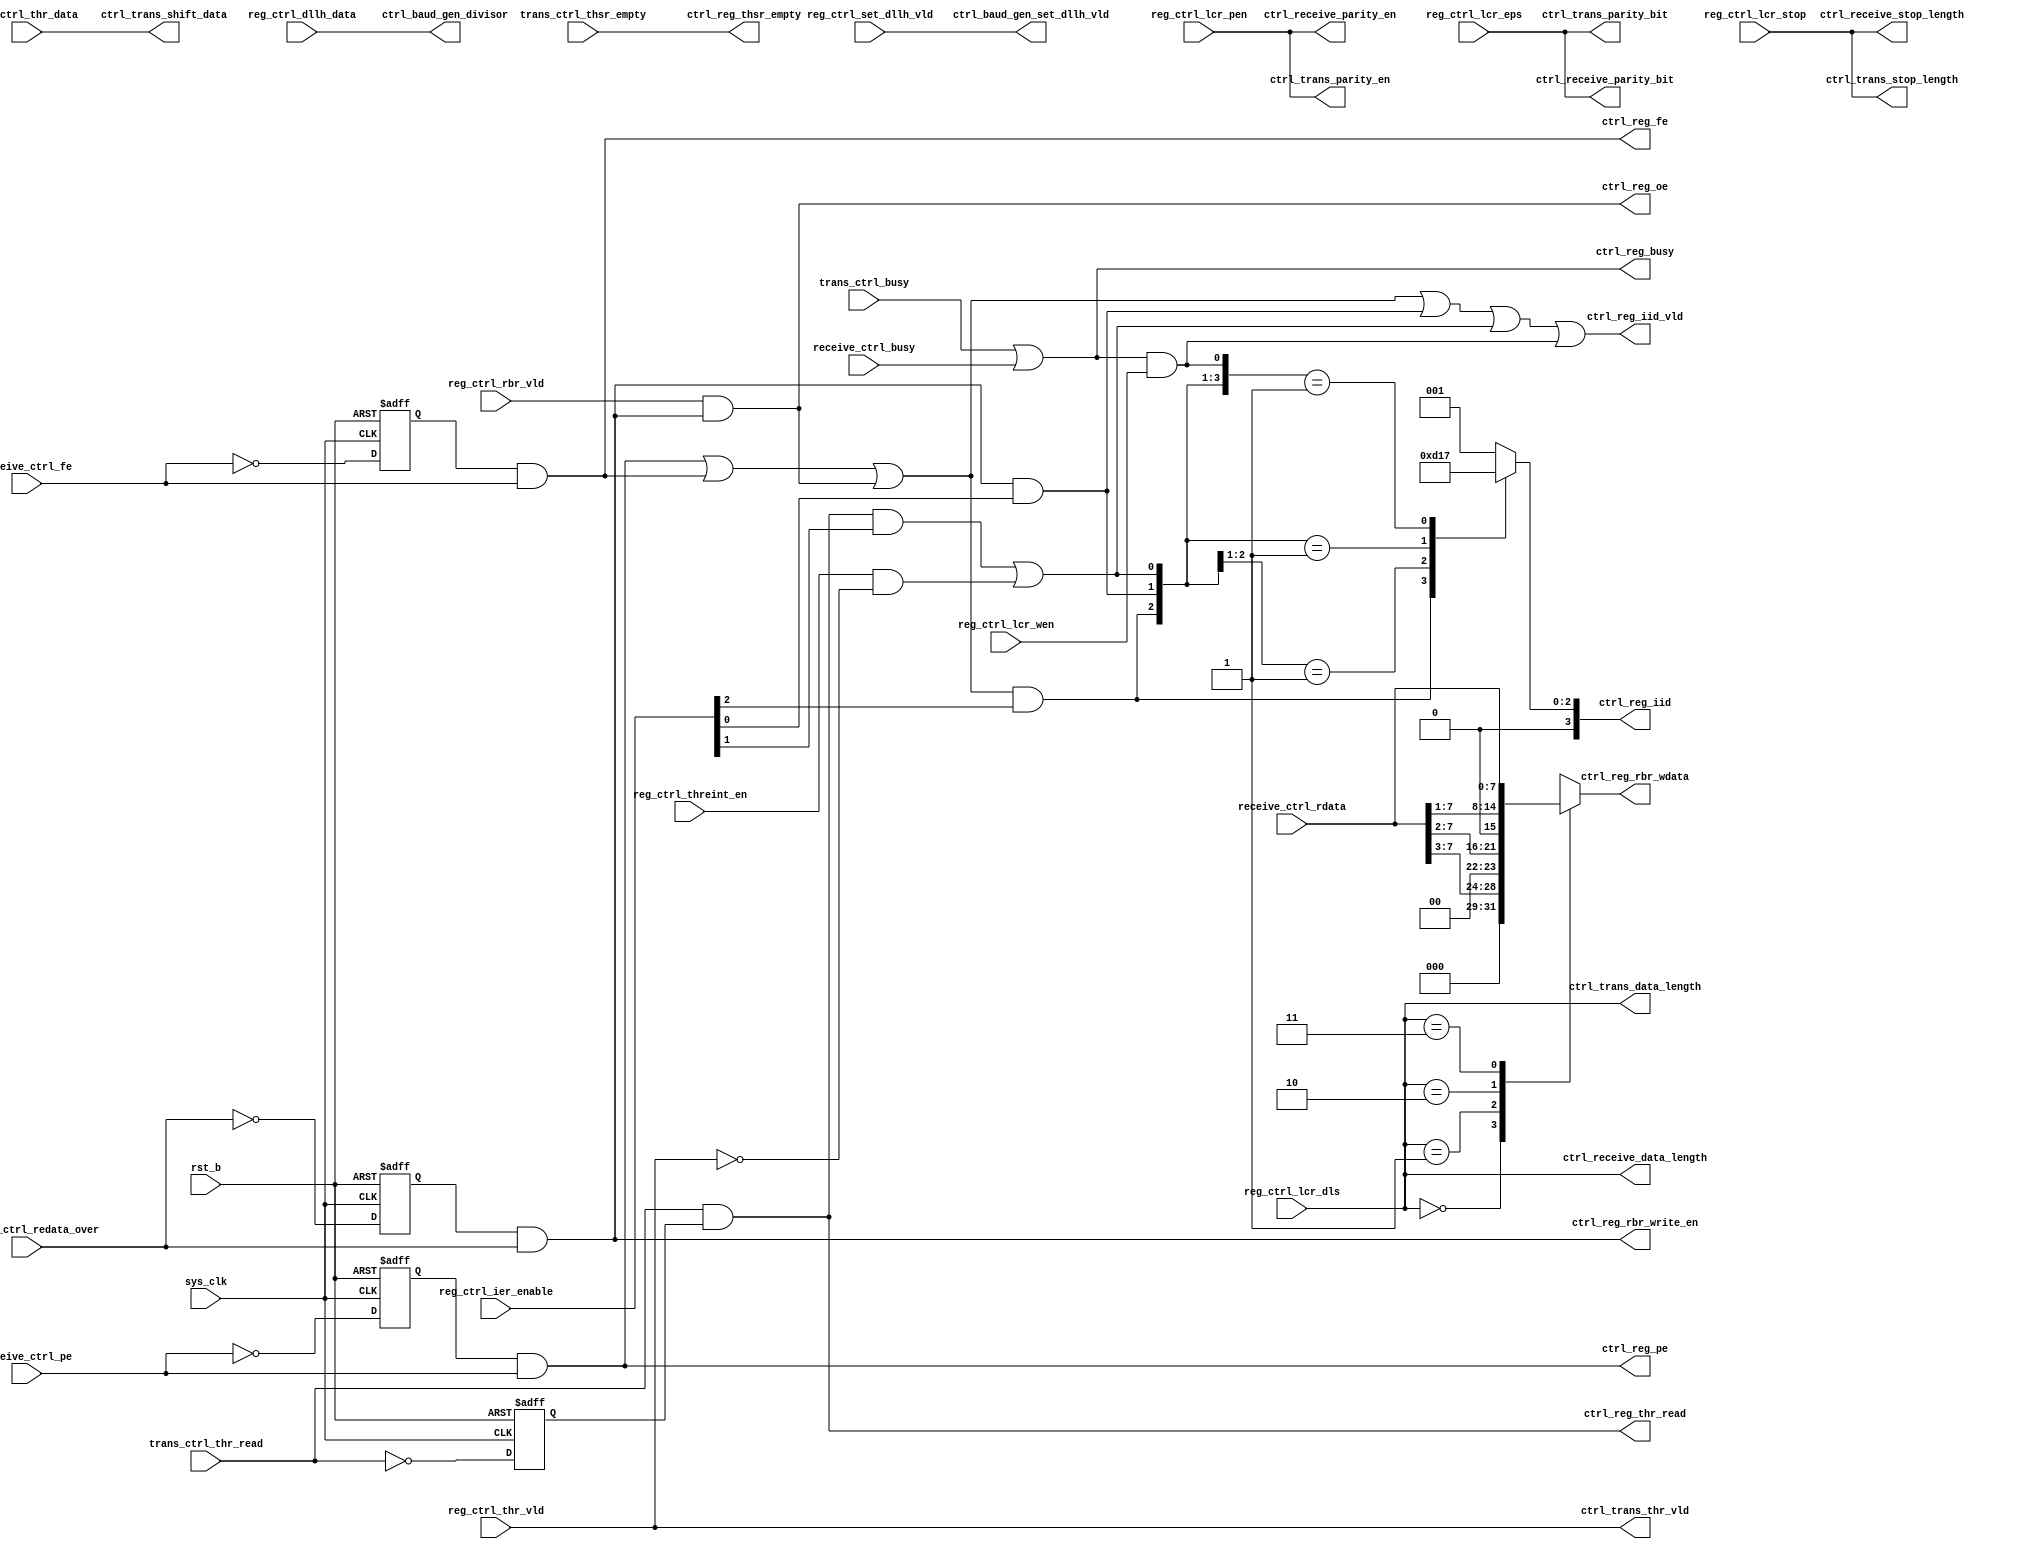
// This program was cloned from: https://github.com/T-head-Semi/openc910
// License: Apache License 2.0

/*Copyright 2019-2021 T-Head Semiconductor Co., Ltd.

Licensed under the Apache License, Version 2.0 (the "License");
you may not use this file except in compliance with the License.
You may obtain a copy of the License at

    http://www.apache.org/licenses/LICENSE-2.0

Unless required by applicable law or agreed to in writing, software
distributed under the License is distributed on an "AS IS" BASIS,
WITHOUT WARRANTIES OR CONDITIONS OF ANY KIND, either express or implied.
See the License for the specific language governing permissions and
limitations under the License.
*/






















module uart_ctrl(
  ctrl_baud_gen_divisor,
  ctrl_baud_gen_set_dllh_vld,
  ctrl_receive_data_length,
  ctrl_receive_parity_bit,
  ctrl_receive_parity_en,
  ctrl_receive_stop_length,
  ctrl_reg_busy,
  ctrl_reg_fe,
  ctrl_reg_iid,
  ctrl_reg_iid_vld,
  ctrl_reg_oe,
  ctrl_reg_pe,
  ctrl_reg_rbr_wdata,
  ctrl_reg_rbr_write_en,
  ctrl_reg_thr_read,
  ctrl_reg_thsr_empty,
  ctrl_trans_data_length,
  ctrl_trans_parity_bit,
  ctrl_trans_parity_en,
  ctrl_trans_shift_data,
  ctrl_trans_stop_length,
  ctrl_trans_thr_vld,
  receive_ctrl_busy,
  receive_ctrl_fe,
  receive_ctrl_pe,
  receive_ctrl_rdata,
  receive_ctrl_redata_over,
  reg_ctrl_dllh_data,
  reg_ctrl_ier_enable,
  reg_ctrl_lcr_dls,
  reg_ctrl_lcr_eps,
  reg_ctrl_lcr_pen,
  reg_ctrl_lcr_stop,
  reg_ctrl_lcr_wen,
  reg_ctrl_rbr_vld,
  reg_ctrl_set_dllh_vld,
  reg_ctrl_thr_data,
  reg_ctrl_thr_vld,
  reg_ctrl_threint_en,
  rst_b,
  sys_clk,
  trans_ctrl_busy,
  trans_ctrl_thr_read,
  trans_ctrl_thsr_empty
);


input           receive_ctrl_busy;         
input           receive_ctrl_fe;           
input           receive_ctrl_pe;           
input   [7 :0]  receive_ctrl_rdata;        
input           receive_ctrl_redata_over;  
input   [15:0]  reg_ctrl_dllh_data;        
input   [2 :0]  reg_ctrl_ier_enable;       
input   [1 :0]  reg_ctrl_lcr_dls;          
input           reg_ctrl_lcr_eps;          
input           reg_ctrl_lcr_pen;          
input           reg_ctrl_lcr_stop;         
input           reg_ctrl_lcr_wen;          
input           reg_ctrl_rbr_vld;          
input           reg_ctrl_set_dllh_vld;     
input   [7 :0]  reg_ctrl_thr_data;         
input           reg_ctrl_thr_vld;          
input           reg_ctrl_threint_en;       
input           rst_b;                     
input           sys_clk;                   
input           trans_ctrl_busy;           
input           trans_ctrl_thr_read;       
input           trans_ctrl_thsr_empty;     
output  [15:0]  ctrl_baud_gen_divisor;     
output          ctrl_baud_gen_set_dllh_vld; 
output  [1 :0]  ctrl_receive_data_length;  
output          ctrl_receive_parity_bit;   
output          ctrl_receive_parity_en;    
output          ctrl_receive_stop_length;  
output          ctrl_reg_busy;             
output          ctrl_reg_fe;               
output  [3 :0]  ctrl_reg_iid;              
output          ctrl_reg_iid_vld;          
output          ctrl_reg_oe;               
output          ctrl_reg_pe;               
output  [7 :0]  ctrl_reg_rbr_wdata;        
output          ctrl_reg_rbr_write_en;     
output          ctrl_reg_thr_read;         
output          ctrl_reg_thsr_empty;       
output  [1 :0]  ctrl_trans_data_length;    
output          ctrl_trans_parity_bit;     
output          ctrl_trans_parity_en;      
output  [7 :0]  ctrl_trans_shift_data;     
output          ctrl_trans_stop_length;    
output          ctrl_trans_thr_vld;        


reg             ctrl_rbr_write_en_sample;  
reg     [3 :0]  ctrl_reg_iid;              
reg     [7 :0]  ctrl_reg_rbr_wdata;        
reg             receive_ctrl_fe_sample;    
reg             receive_ctrl_pe_sample;    
reg             thr_read_sample;           


wire    [15:0]  ctrl_baud_gen_divisor;     
wire            ctrl_baud_gen_set_dllh_vld; 
wire    [1 :0]  ctrl_receive_data_length;  
wire            ctrl_receive_parity_bit;   
wire            ctrl_receive_parity_en;    
wire            ctrl_receive_stop_length;  
wire            ctrl_reg_busy;             
wire            ctrl_reg_fe;               
wire            ctrl_reg_iid_vld;          
wire            ctrl_reg_oe;               
wire            ctrl_reg_pe;               
wire            ctrl_reg_rbr_write_en;     
wire            ctrl_reg_thr_read;         
wire            ctrl_reg_thsr_empty;       
wire    [1 :0]  ctrl_trans_data_length;    
wire            ctrl_trans_parity_bit;     
wire            ctrl_trans_parity_en;      
wire    [7 :0]  ctrl_trans_shift_data;     
wire            ctrl_trans_stop_length;    
wire            ctrl_trans_thr_vld;        
wire            high_pri;                  
wire            int_vld;                   
wire            line_status_int;           
wire            receive_ctrl_busy;         
wire            receive_ctrl_fe;           
wire            receive_ctrl_pe;           
wire    [7 :0]  receive_ctrl_rdata;        
wire            receive_ctrl_redata_over;  
wire            receive_data_int;          
wire    [15:0]  reg_ctrl_dllh_data;        
wire    [2 :0]  reg_ctrl_ier_enable;       
wire    [1 :0]  reg_ctrl_lcr_dls;          
wire            reg_ctrl_lcr_eps;          
wire            reg_ctrl_lcr_pen;          
wire            reg_ctrl_lcr_stop;         
wire            reg_ctrl_lcr_wen;          
wire            reg_ctrl_rbr_vld;          
wire            reg_ctrl_set_dllh_vld;     
wire    [7 :0]  reg_ctrl_thr_data;         
wire            reg_ctrl_thr_vld;          
wire            reg_ctrl_threint_en;       
wire            rst_b;                     
wire            sys_clk;                   
wire            thre_int_init;             
wire            trans_ctrl_busy;           
wire            trans_ctrl_thr_read;       
wire            trans_ctrl_thsr_empty;     
wire            trans_hold_empty_int;      
wire            uart_busy_int;             





assign ctrl_trans_thr_vld          = reg_ctrl_thr_vld;
assign ctrl_trans_shift_data[7:0]  = reg_ctrl_thr_data[7:0];
assign ctrl_trans_data_length[1:0] = reg_ctrl_lcr_dls[1:0];
assign ctrl_trans_stop_length = reg_ctrl_lcr_stop;
assign ctrl_trans_parity_en   = reg_ctrl_lcr_pen;
assign ctrl_trans_parity_bit  = reg_ctrl_lcr_eps;



assign ctrl_receive_data_length[1:0]  = reg_ctrl_lcr_dls[1:0];
assign ctrl_receive_stop_length       = reg_ctrl_lcr_stop;
assign ctrl_receive_parity_en         = reg_ctrl_lcr_pen;
assign ctrl_receive_parity_bit        = reg_ctrl_lcr_eps;






always @(posedge sys_clk or negedge rst_b )
begin
  if(!rst_b)
    thr_read_sample <= 1'b0;
  else
    thr_read_sample <= !trans_ctrl_thr_read;
end

assign ctrl_reg_thr_read   = trans_ctrl_thr_read && thr_read_sample;
assign ctrl_reg_thsr_empty = trans_ctrl_thsr_empty;


always @(posedge sys_clk or negedge rst_b )
begin
  if(!rst_b)
    ctrl_rbr_write_en_sample <= 1'b0;
  else 
    ctrl_rbr_write_en_sample <= !receive_ctrl_redata_over;
end

assign ctrl_reg_rbr_write_en = ctrl_rbr_write_en_sample && receive_ctrl_redata_over;



always @( reg_ctrl_lcr_dls[1:0]
       or receive_ctrl_rdata[7:0])
begin
case(reg_ctrl_lcr_dls[1:0])
  2'b00:  ctrl_reg_rbr_wdata[7:0] = {3'b0,receive_ctrl_rdata[7:3]};
  2'b01:  ctrl_reg_rbr_wdata[7:0] = {2'b0,receive_ctrl_rdata[7:2]};
  2'b10:  ctrl_reg_rbr_wdata[7:0] = {1'b0,receive_ctrl_rdata[7:1]};
  2'b11:  ctrl_reg_rbr_wdata[7:0] = receive_ctrl_rdata[7:0];
  default:ctrl_reg_rbr_wdata[7:0] = 8'b0;
endcase

end


assign ctrl_reg_busy = trans_ctrl_busy || receive_ctrl_busy;
assign uart_busy_int = ctrl_reg_busy && reg_ctrl_lcr_wen;



always @(posedge sys_clk or negedge rst_b )
begin
  if(!rst_b)
    receive_ctrl_fe_sample <= 1'b0;
  else 
  receive_ctrl_fe_sample <= !receive_ctrl_fe;
end

assign ctrl_reg_fe   = receive_ctrl_fe_sample && receive_ctrl_fe;


always @(posedge sys_clk or negedge rst_b )
begin
  if(!rst_b)
    receive_ctrl_pe_sample <= 1'b0;
  else 
    receive_ctrl_pe_sample <= !receive_ctrl_pe;
end

assign ctrl_reg_pe   = receive_ctrl_pe_sample && receive_ctrl_pe;


assign ctrl_reg_oe   = reg_ctrl_rbr_vld && ctrl_reg_rbr_write_en;










assign int_vld =    high_pri 
                 || receive_data_int
                 || trans_hold_empty_int
                 || uart_busy_int ; 

assign ctrl_reg_iid_vld = int_vld;


assign high_pri         = ctrl_reg_pe || ctrl_reg_fe || ctrl_reg_oe;

assign line_status_int        = high_pri && reg_ctrl_ier_enable[2];
assign receive_data_int       = ctrl_reg_rbr_write_en && reg_ctrl_ier_enable[0];
assign trans_hold_empty_int   = (ctrl_reg_thr_read && reg_ctrl_ier_enable[1])
                                 ||thre_int_init;
assign thre_int_init          = reg_ctrl_threint_en && !reg_ctrl_thr_vld;

always @( uart_busy_int
       or trans_hold_empty_int
       or line_status_int
       or receive_data_int)
begin
casez({line_status_int,receive_data_int,trans_hold_empty_int,uart_busy_int})
  4'b1???: ctrl_reg_iid[3:0] = 4'b0110;
  4'b01??: ctrl_reg_iid[3:0] = 4'b0100;
  4'b001?: ctrl_reg_iid[3:0] = 4'b0010;
  4'b0001: ctrl_reg_iid[3:0] = 4'b0111;
  default: ctrl_reg_iid[3:0] = 4'b0001;
endcase

end




assign ctrl_baud_gen_divisor[15:0] = reg_ctrl_dllh_data[15:0];
assign ctrl_baud_gen_set_dllh_vld  = reg_ctrl_set_dllh_vld;

endmodule